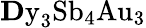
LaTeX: \mathrm{{\mathbf Dy}_{3}Sb_{4}Au_{3}}